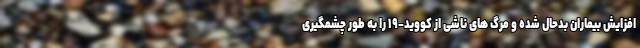
افزایش بیماران بدحال شده و مرگ های ناشی از کووید-۱۹ را به طور چشمگیری